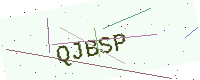
Text: QJBSP